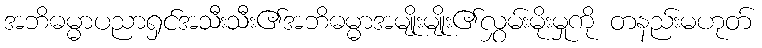
အဘိဓမ္မာပညာရှင်အသီးသီး၏အဘိဓမ္မာအမျိုးမျိုး၏လွှမ်းမိုးမှုကို တနည်းမဟုတ်